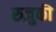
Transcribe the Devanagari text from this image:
रुज़ुकी